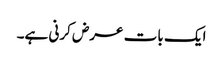
ایک بات عرض کرنی ہے۔